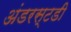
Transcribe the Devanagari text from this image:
अंडरस्टडी